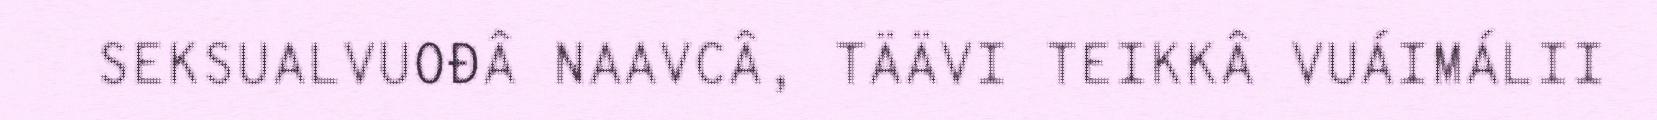
SEKSUALVUOĐÂ NAAVCÂ, TÄÄVI TEIKKÂ VUÁIMÁLII